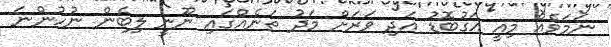
ނަމަވެއް މިއީ އަގުބޮޑު އަދި ވަރަށް މަދު ތަނެއްގައި ނޫނީ ލިބެން ނުހުންނަ